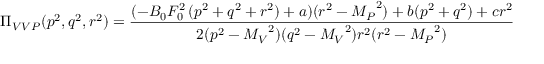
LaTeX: \Pi _ { V V P } ( p ^ { 2 } , q ^ { 2 } , r ^ { 2 } ) = { \frac { ( - B _ { 0 } F _ { 0 } ^ { 2 } \, ( p ^ { 2 } + q ^ { 2 } + r ^ { 2 } ) + a ) ( r ^ { 2 } - { M _ { P } } ^ { 2 } ) + b ( p ^ { 2 } + q ^ { 2 } ) + c r ^ { 2 } } { 2 ( p ^ { 2 } - { M _ { V } } ^ { 2 } ) ( q ^ { 2 } - { M _ { V } } ^ { 2 } ) r ^ { 2 } ( r ^ { 2 } - { M _ { P } } ^ { 2 } ) } }